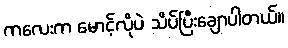
ကလေးက မောင့်လိုပဲ သိပ်ပြီးချောပါတယ်။